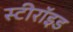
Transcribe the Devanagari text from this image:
स्टीरॉइड